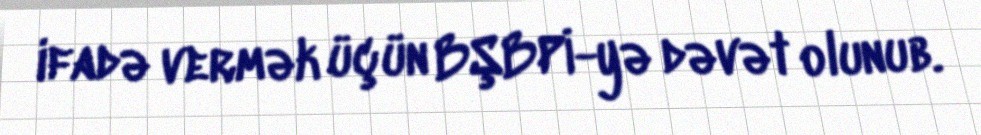
ifadə vermək üçün BŞBPİ-yə dəvət olunub.